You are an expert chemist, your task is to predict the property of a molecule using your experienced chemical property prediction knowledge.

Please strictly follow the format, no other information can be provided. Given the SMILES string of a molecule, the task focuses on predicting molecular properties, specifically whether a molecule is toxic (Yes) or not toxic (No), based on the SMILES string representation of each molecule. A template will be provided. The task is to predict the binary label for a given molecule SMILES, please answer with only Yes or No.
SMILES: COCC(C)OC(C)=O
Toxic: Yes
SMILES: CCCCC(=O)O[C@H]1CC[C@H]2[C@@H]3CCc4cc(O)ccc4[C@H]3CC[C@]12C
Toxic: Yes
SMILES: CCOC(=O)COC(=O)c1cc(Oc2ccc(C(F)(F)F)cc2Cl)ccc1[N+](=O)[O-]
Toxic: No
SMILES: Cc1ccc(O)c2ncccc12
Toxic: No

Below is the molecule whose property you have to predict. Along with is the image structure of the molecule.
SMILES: OC1CCC(C2CCCCC2)CC1
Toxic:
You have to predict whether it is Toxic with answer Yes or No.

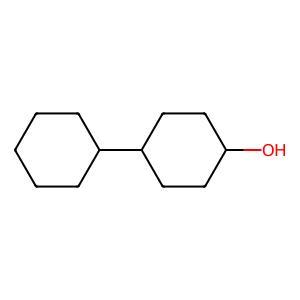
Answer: No